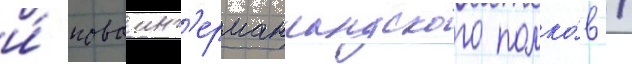
и́ новоинг'ерманландского полко́в /